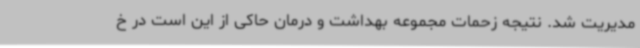
مدیریت شد. نتیجه زحمات مجموعه بهداشت و درمان حاکی از این است در خ